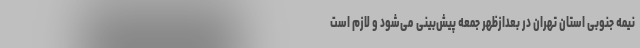
نیمه جنوبی استان تهران در بعدازظهر جمعه پیش‌بینی می‌شود و لازم است